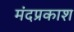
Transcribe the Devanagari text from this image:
मंदप्रकाश